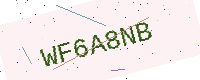
Text: WF6A8NB